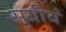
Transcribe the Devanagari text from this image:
सुग्रीवं